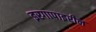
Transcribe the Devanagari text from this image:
इरगापाइरीन